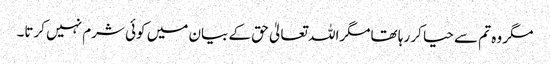
مگر وہ تم سے حیا کر رہا تھامگراللہ تعالیٰ حق کے بیان میں کوئی شرم نہیں کرتا۔